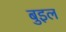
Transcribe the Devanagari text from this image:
बुइल